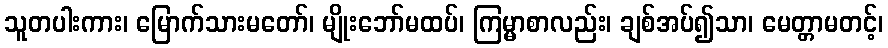
သူတပါးကား၊ မြောက်သားမတော်၊ မျိုးဘော်မထပ်၊ ကြမ္မာစာလည်း၊ ချစ်အပ်၍သာ၊ မေတ္တာမတင့်၊